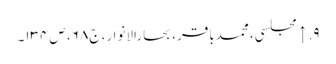
۹. ↑ مجلسی، محمدباقر، بحارالانوار، ج۶۸، ص۱۳۴۔